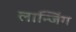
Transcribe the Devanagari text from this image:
लान्जिंग